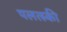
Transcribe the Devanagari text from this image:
पलत्स्की